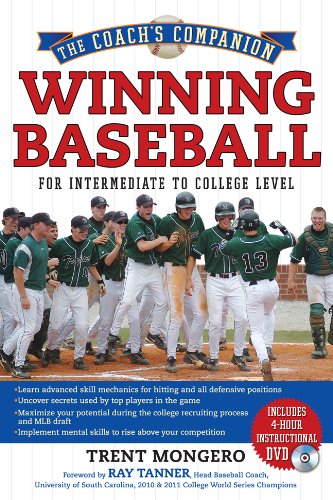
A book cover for Winning Baseball for Intermediate to College Level (The Coach's Companion); Trent Mongero; Sports & Outdoors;